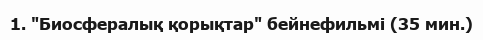
1. "Биосфералық қорықтар" бейнефильмі (35 мин.)